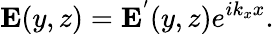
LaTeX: \textbf{E}(y,z)=\textbf{E}^{'}(y,z)e^{ik_{x}x}.